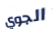
الجوي